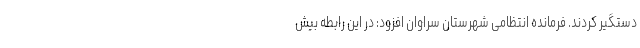
دستگیر کردند. فرمانده انتظامی شهرستان سراوان افزود: در این رابطه بیش